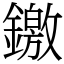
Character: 䥞